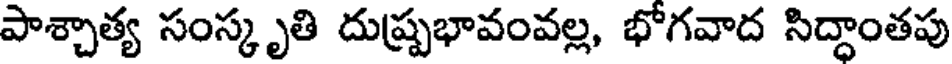
పాశ్చాత్య సంస్కృతి దుష్ప్రభావంవల్ల, భోగవాద సిద్ధాంతపు